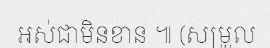
អស់ជាមិនខាន ៕ (សម្រួល